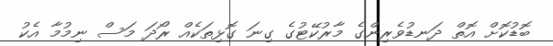
ބޮޑުކޮށް އޮތް ދަނޑުވެރިންގެ މާރުކޭޓުގެ ގިނަ ގޮޅިތަކެއް ރޯދަ މަސް ނިމުމާ އެކު